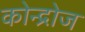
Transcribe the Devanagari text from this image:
कोन्द्रोज